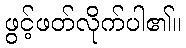
ဖွင့်ဖတ်လိုက်ပါ၏။